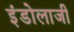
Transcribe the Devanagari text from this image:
इंडोलाजी